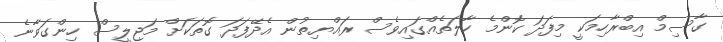
ގާސިމް އިބްރާހިމަކީ މިފަދަ ކޮންމެ ހާލަތެއްގައިވެސް ރައްޔިތުން އެދޭފަދަ ގޮތަކަށް މަޖިލީސް ހިންގަވާނެ